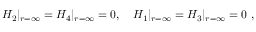
H _ { 2 } | _ { r = \infty } = H _ { 4 } | _ { r = \infty } = 0 , \ \ \ H _ { 1 } | _ { r = \infty } = H _ { 3 } | _ { r = \infty } = 0 \ ,